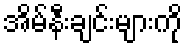
အိမ်နီးချင်းများကို